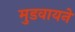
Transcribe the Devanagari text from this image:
मुडवायने